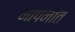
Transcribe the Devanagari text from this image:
मापनांत